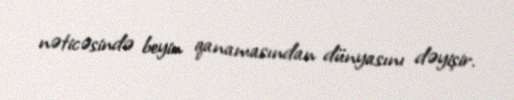
nəticəsində beyin qanamasından dünyasını dəyişir.